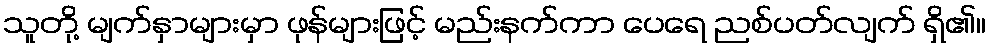
သူတို့ မျက်နှာများမှာ ဖုန်များဖြင့် မည်းနက်ကာ ပေရေ ညစ်ပတ်လျက် ရှိ၏။